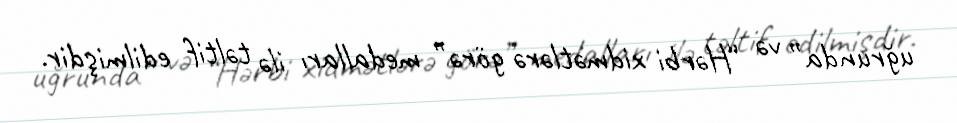
uğrunda” və “Hərbi xidmətlərə görə” medalları ilə təltif edilmişdir.